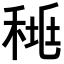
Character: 𥟯